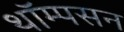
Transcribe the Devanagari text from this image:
थॉम्‍पसन